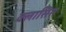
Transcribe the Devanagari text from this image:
क्लासिस